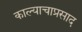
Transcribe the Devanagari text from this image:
काल्याचाप्रसाद